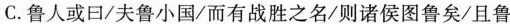
C．鲁人或曰/夫鲁小国/而有战胜之名/则诸侯图鲁矣/且鲁